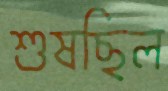
শুষছিল